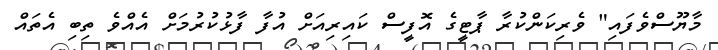
މާޔޫސްވެފައި" ވެރިކަންކުރާ ޕާޓީގެ އޮފީސް ކައިރިއަށް އުފާ ފާޅުކުރުމަށް އެއްވެ ތިބި އެތައް